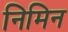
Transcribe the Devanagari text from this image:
निमिन